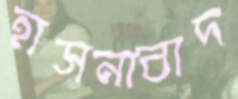
হাসনাবাদ